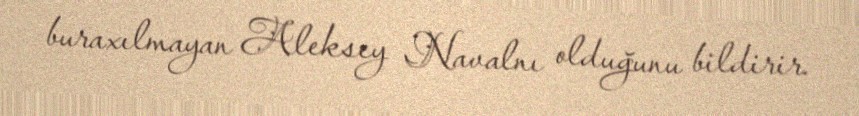
buraxılmayan Aleksey Navalnı olduğunu bildirir.